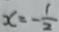
x = - \frac { 1 } { 2 }